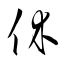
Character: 休